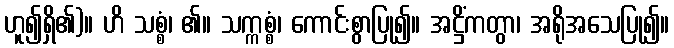
ဟူ၍ရှိ၏)။ ဟိ သစ္စံ၊ ၏။ သက္ကစ္စံ၊ ကောင်းစွာပြု၍။ အဋ္ဌိံကတွာ၊ အရိုအသေပြု၍။